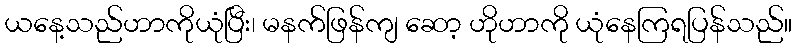
ယနေ့သည်ဟာကိုယုံပြီး၊ မနက်ဖြန်ကျ ဆော့ ဟိုဟာကို ယုံနေကြရပြန်သည်။